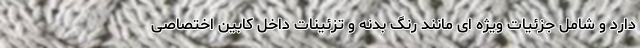
دارد و شامل جزئیات ویژه ای مانند رنگ بدنه و تزئینات داخل کابین اختصاصی